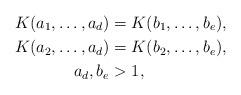
LaTeX: \begin{align*} K(a_1,\ldots,a_d)&=K(b_1,\ldots,b_e),\\ K(a_2,\ldots,a_d)&=K(b_2,\ldots,b_e),\\ a_d,b_e&>1, \end{align*}